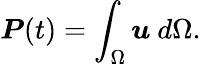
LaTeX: \boldsymbol{P}(t)=\int_{\Omega}\boldsymbol{u}\mathrm{~}d\Omega.